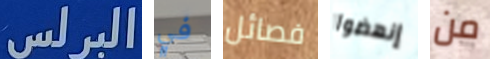
البرلس في فصائل إنهضوا من